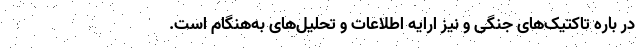
در باره تاکتیک‌های جنگی و نیز ارایه اطلاعات و تحلیل‌های به‌هنگام است.